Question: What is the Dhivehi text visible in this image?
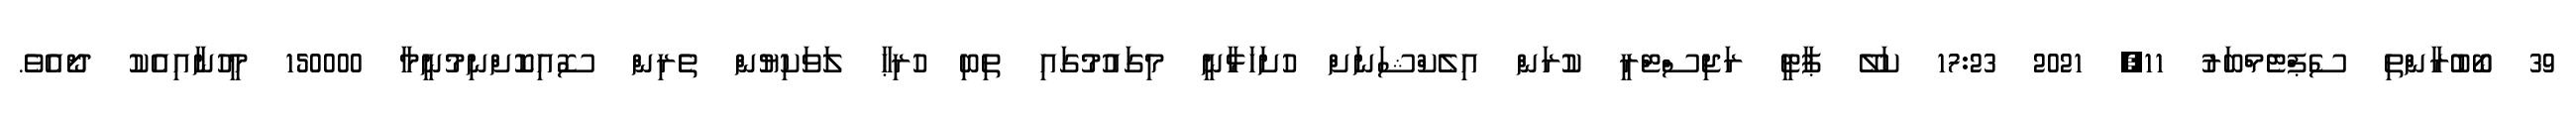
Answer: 39 ބޯބުރާންތި ސެޕްޓެމްބަރު 11, 2021 17:23 ކަލޭ ޕާޓީ ރަޖިސްޓްރީ ކުރަން އިލެކްޝަނަށް ހުށަހަޅާނީ މިގައުމުގައި ތިބި ހުރިޙާ ލަވަކިޔުން ތެރިން ސޮއިކޮށްނިމުނީމާ 150000 މީހުނާއިއެކު ދޯއެވެ.